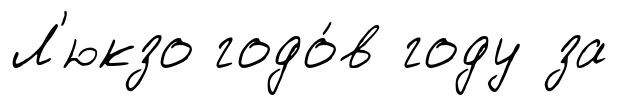
Л'юкзо годо́в году за